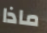
ماذا